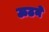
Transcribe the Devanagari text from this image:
ऊठने